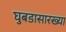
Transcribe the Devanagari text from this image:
घुबडासारख्या